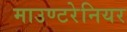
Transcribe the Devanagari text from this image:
माउण्टरेनियर